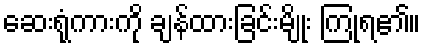
ဆေးရုံကားကို ချန်ထားခြင်းမျိုး ကြုံရ၏။